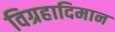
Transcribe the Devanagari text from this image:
विग्रहादिमान